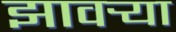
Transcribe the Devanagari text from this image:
झावर्‍या